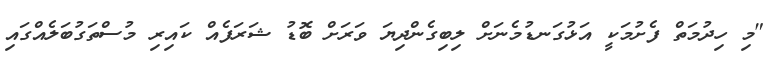
"މި ހިދުމަތް ފެށުމަކީ އަޅުގަނޑުމެނަށް ލިބިގެންދިޔަ ވަރަށް ބޮޑު ޝަރަފެއް ކައިރި މުސްތަގުބަލެއްގައި